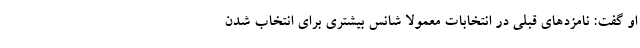
او گفت: نامزدهای قبلی در انتخابات معمولا شانس بیشتری برای انتخاب شدن